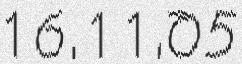
16.11.05